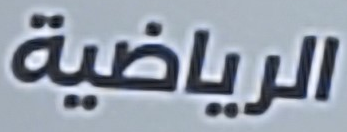
الرياضية